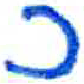
אות: כ